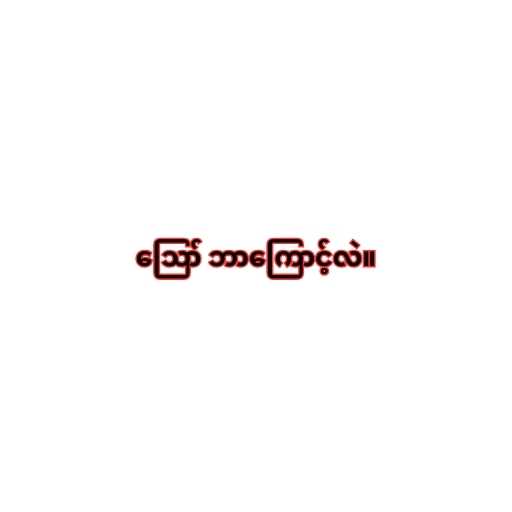
ဪ ဘာကြောင့်လဲ။